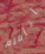
أتأقلم